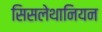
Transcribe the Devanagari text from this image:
सिसलेथानियन